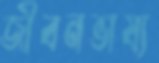
জীবনভাষ্য